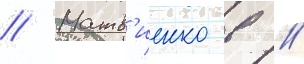
// Матв'иенко в //